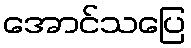
အောင်သပြေ